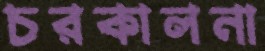
চরকালনা